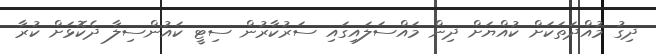
ދިގު މުއްދަތަކަށް ކުއްޔަށް ދިން މައްސަލައިގައި ސަރުކާރުން ސިޓީ ކައުންސިލާ ދެކޮޅަށް ކުރާ